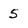
Character: 5